Report of the Indian Hemp Drugs Commission, 1894-1895 - Volume III
Year: 1894
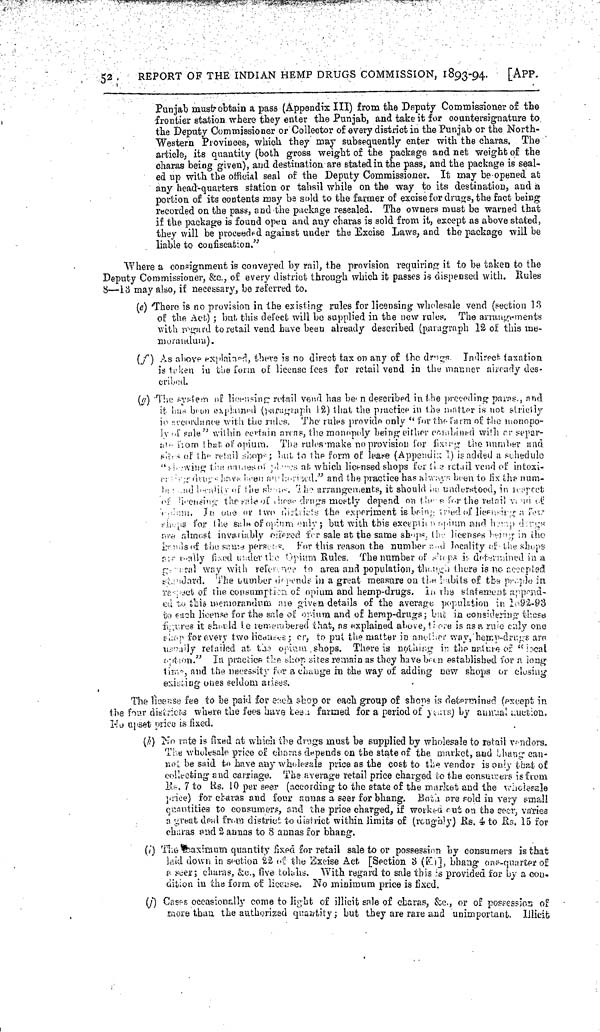
52.
REPORT OF THE INDIAN HEMP DRUGS COMMISSION, 1893-94.
[APP.
Punjab must obtain a pass (Appendix III) from the Deputy Commissioner of the
frontier station where they enter the Punjab, and take it for countersignature to
the Deputy Commissioner or Collector of every district in the Punjab or the North-
Western Provinces, which they may subsequently enter with the charas. The
article, its quantity (both gross weight of the package and net weight of the
charas being given), and destination are stated in the pass, and the package is seal-
ed up with the official seal of the Deputy Commissioner. It may be opened at
any head-quarters station or tahsil while on the way to its destination, and a
portion of its contents may be sold to the farmer of excise for drugs, the fact being
recorded on the pass, and the package resealed. The owners must be warned that
if the package is found open and any charas is sold from it, except as above stated,
they will be proceeded against under the Excise Laws, and the package will be
liable to confiscation."
Where a consignment is conveyed by rail, the provision requiring it to be taken to the
Deputy Commissioner, &c., of every district through which it passes is dispensed with. Rules
8—13 may also, if necessary, be referred to.
[NLS note: poor quality text appears here and has been omitted – see image of page]